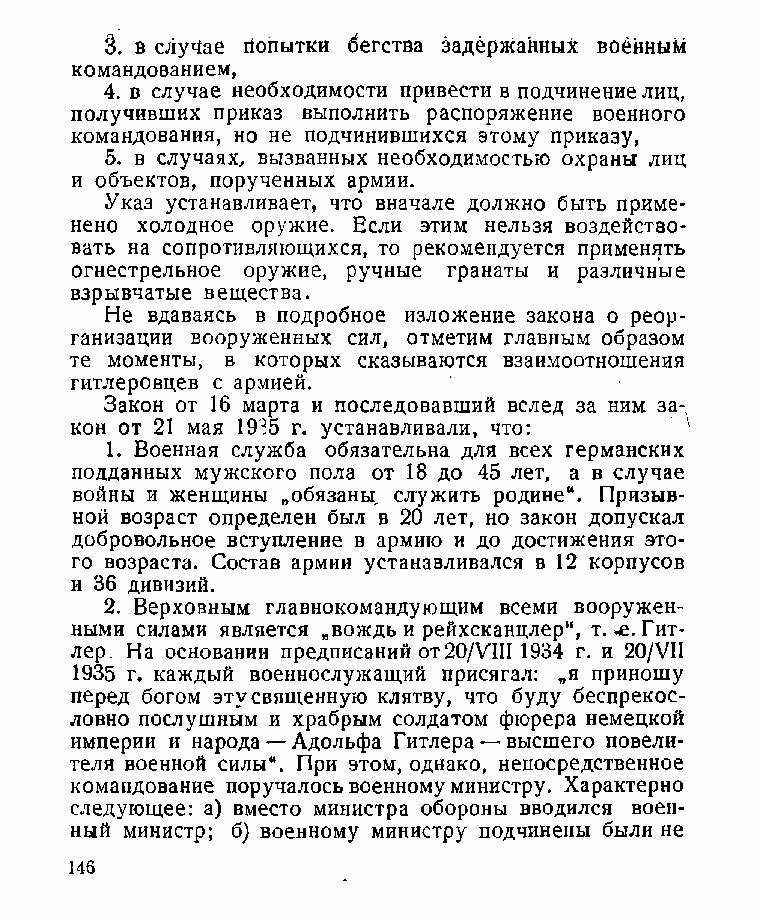
3. в случае Попытки бегства задержанных военный
 командованием,
 4. в случае необходимости привести в подчинение лиц,
 получивших приказ выполнить распоряжение военного
 командования, но не подчинившихся этому приказу,
 5. в случаях, вызванных необходимостью охраны лиц
 и объектов, порученных армии.
 Указ устанавливает, что вначале должно быть приме­
 нено холодное оружие. Если этим нельзя воздейство­
 вать на сопротивляющихся, то рекомендуется применять
 огнестрельное оружие, ручные гранаты и различные
 взрывчатые вещества.
 Не вдаваясь в подробное изложение закона о реор­
 ганизации вооруженных сил, отметим главным образом
 те моменты, в которых сказываются взаимоотношения
 гитлеровцев с армией.
 Закон от 16 марта и последовавший вслед за ним за-,
 кон от 21 мая 1935 г. устанавливали, что:
 1. Военная служба обязательна для всех германских
 подданных мужского пола от 18 до 45 лет, а в случае
 войны и женщины „обязаны, служить родине“. Призыв­
 ной возраст определен был в 20 лет, но закон допускал
 добровольное вступление в армию и до достижения это­
 го возраста. Состав армии устанавливался в 12 корпусов
 и 36 дивизий.
 2. Верховным главнокомандующим всеми вооружен­
 ными силами является „вождь и рейхсканцлер“, т.^е. Гит­
 лер. На основании предписаний от 20/УШ 1934 г. и 20/УН
 1935 г. каждый военнослужащий присягал: „я приношу
 перед богом эту священную клятву, что буду беспрекос­
 ловно послушным и храбрым солдатом фюрера немецкой
 империи и народа — Адольфа Гитлера — высшего повели­
 теля военной силы“. При этом, однако, непосредственное
 командование поручалось военному министру. Характерно
 следующее: а) вместо министра обороны вводился воен­
 ный министр; б) военному министру подчинены были не
 146